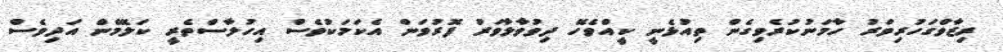
ރިޒާވްގަހުރިވަރު ހާމަނުކުރެވިގެން ތިއުޅެނީ ކީއްވެހޭ ދިވުވާލާވަރު ފޮރުވަން އެކަމަކުވެސް އިހުލާސްތެރީ ކަލޭމެން އަދިވެެސް